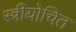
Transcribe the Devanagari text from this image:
स्त्रीयोचित